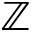
\mathbb { Z }